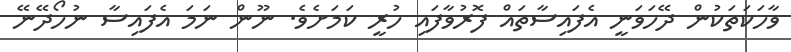
ވާހަކަތަކުން ދޭހަވަނީ އެފައިސާތައް ފޮރުވާފައި ހުރީ ކަމަށެވެ. ނޫން ނަމަ އެފައިސާ ނުހޯދޭނޭ